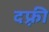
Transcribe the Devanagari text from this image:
दफ़्री